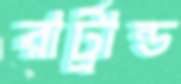
রার্ট্রান্ড